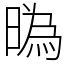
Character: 㬙